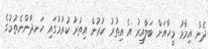
ދެން އިމާމު މީހާއަށް ބަލާއިރު އެ އިތުރު ކުރުން އިތުރު ކުރުމުގައި ހަނދާންނެތުމުގެ